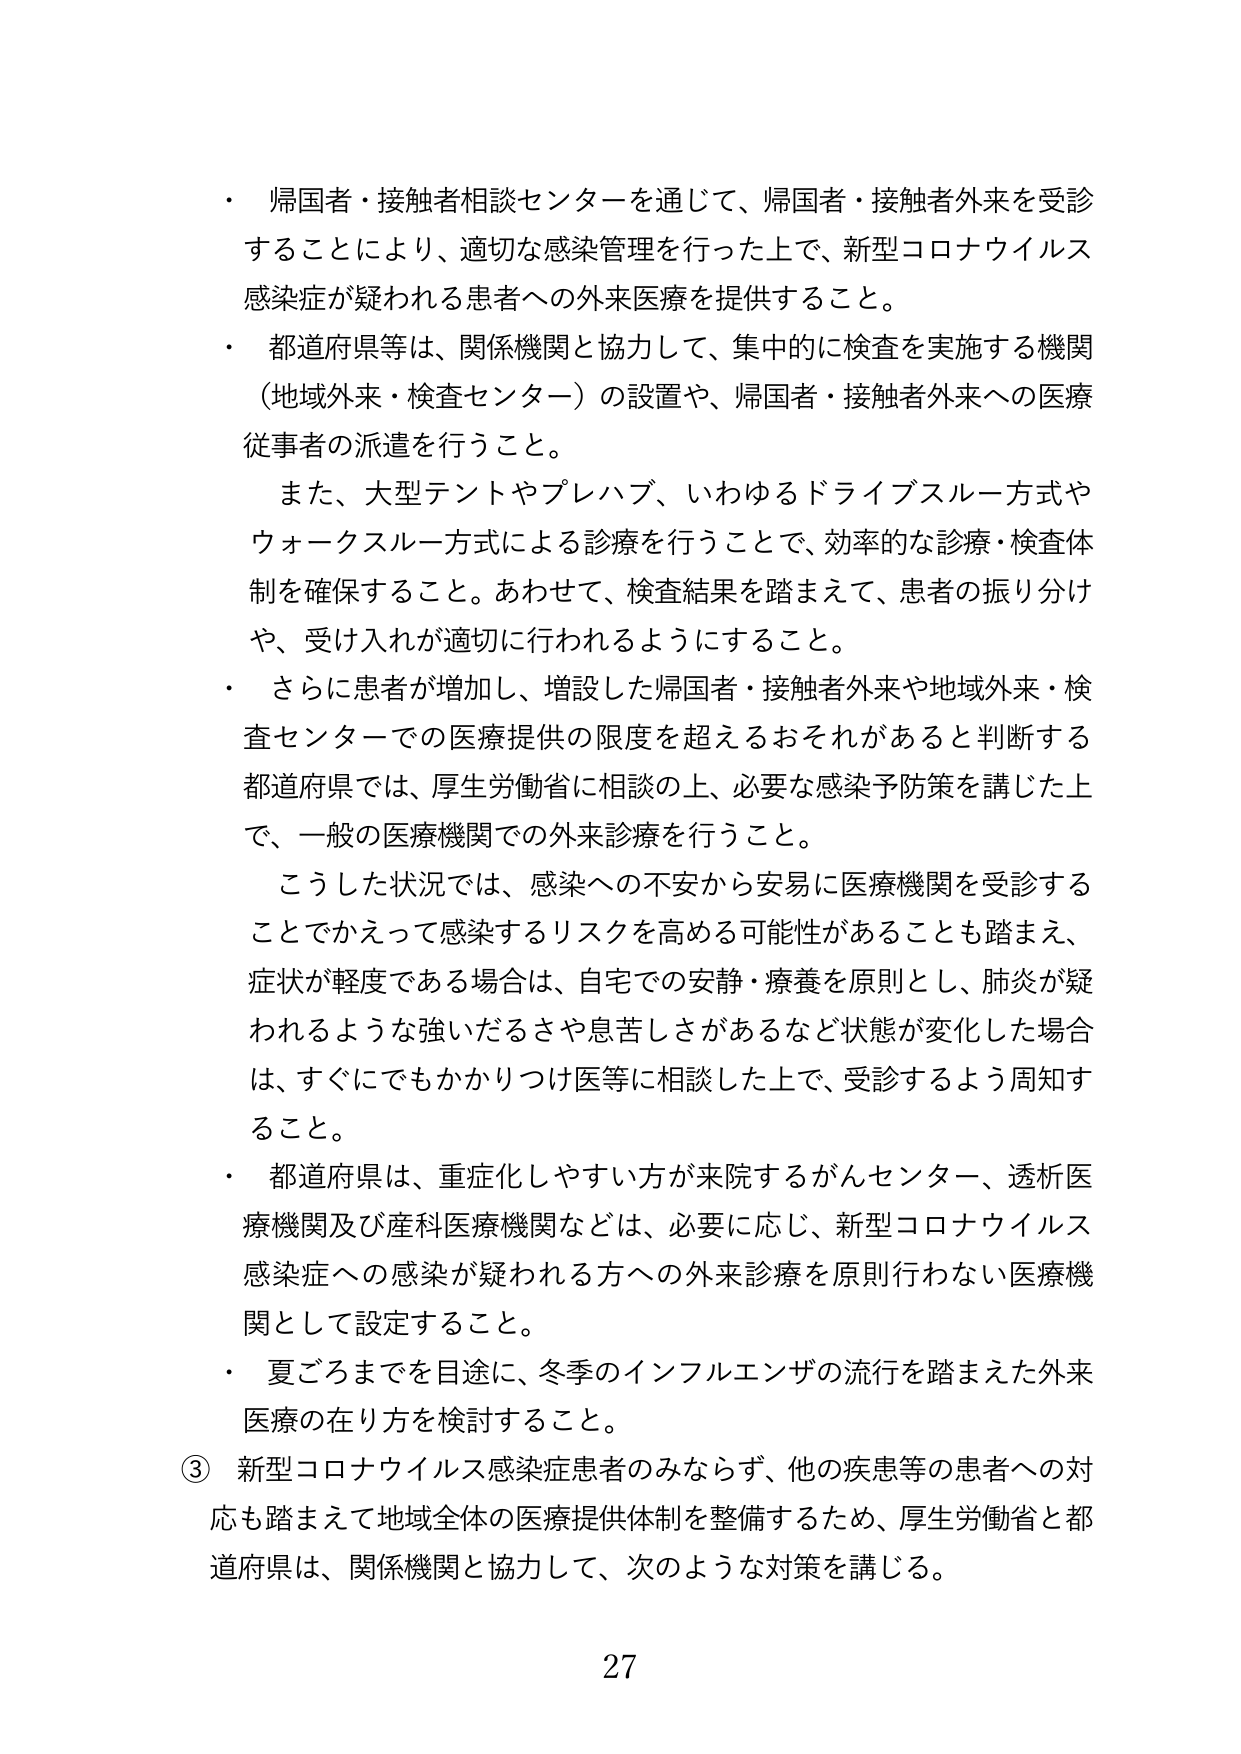
・ 帰国者・接触者相談センターを通じて、帰国者・接触者外来を受診することにより、適切な感染管理を行った上で、新型コロナウイルス感染症が疑われる患者への外来医療を提供すること。

・ 都道府県等は、関係機関と協力して、集中的に検査を実施する機関（地域外来・検査センター）の設置や、帰国者・接触者外来への医療従事者の派遣を行うこと。

　また、大型テントやプレハブ、いわゆるドライブスルー方式やウォークスルー方式による診療を行うことで、効率的な診療・検査体制を確保すること。あわせて、検査結果を踏まえて、患者の振り分けや、受け入れが適切に行われるようにすること。

・ さらに患者が増加し、増設した帰国者・接触者外来や地域外来・検査センターでの医療提供の限度を超えるおそれがあると判断する都道府県では、厚生労働省に相談の上、必要な感染予防策を講じた上で、一般の医療機関での外来診療を行うこと。

　こうした状況では、感染への不安から安易に医療機関を受診することでかえって感染するリスクを高める可能性があることも踏まえ、症状が軽度である場合は、自宅での安静・療養を原則とし、肺炎が疑われるような強いだるさや息苦しさがあるなど状態が変化した場合は、すぐにでもかかりつけ医等に相談した上で、受診するよう周知すること。

・ 都道府県は、重症化しやすい方が来院するがんセンター、透析医療機関及び産科医療機関などは、必要に応じ、新型コロナウイルス感染症への感染が疑われる方への外来診療を原則行わない医療機関として設定すること。

・ 夏ごろまでを目途に、冬季のインフルエンザの流行を踏まえた外来医療の在り方を検討すること。

③ 新型コロナウイルス感染症患者のみならず、他の疾患等の患者への対応も踏まえて地域全体の医療提供体制を整備するため、厚生労働省と都道府県は、関係機関と協力して、次のような対策を講じる。

27